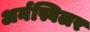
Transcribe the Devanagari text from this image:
अर्नस्विलर